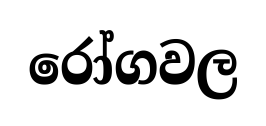
රෝගවල